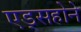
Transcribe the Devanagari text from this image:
एड्सहोने